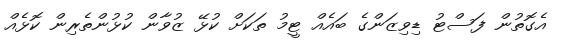
އެގޮތުން ފަސްޓު ޑިވިޒަންގެ ބައެއް ޓީމު ތަކަށް ކުޅޭ ޒުވާން ކުޅުންތެރިން ކޮޅެއް